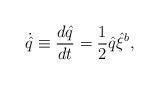
LaTeX: \begin{align*} \dot {\hat q} \equiv {d {\hat q} \over dt} = {1 \over 2}\hat q \hat \xi^b,\end{align*}